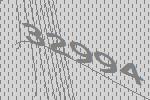
32994